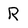
Character: R